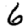
Digit: 6